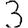
Digit: 3